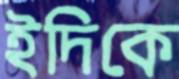
ইদিকে